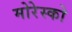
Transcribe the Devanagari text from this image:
मोरेस्को